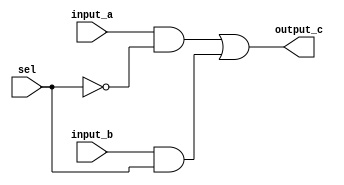
module MUX_S_2_1( input_a, input_b, output_c, sel);
    output wire output_c;
    
    input wire input_a;
    input wire input_b;
    input wire sel;

    not (invert_sel, sel);
    and (and_a, input_a, invert_sel);
    and (and_b, input_b, sel);

    or (output_c, and_a, and_b);
endmodule

module Shifter( result, leftRight, shamt, sftSrc  );
    
  output wire[31:0] result;

  input wire leftRight;
  input wire[4:0] shamt;
  input wire[31:0] sftSrc ;
  
  /*your code here*/ 
  reg [31:0] shift_right, shift_left;

  always @(sftSrc) begin
  	shift_left = sftSrc << shamt;
  	shift_right = sftSrc >> shamt;

  end
	
  MUX_S_2_1 Shift_0(shift_right[0], shift_left[0], result[0], leftRight);
  MUX_S_2_1 Shift_1(shift_right[1], shift_left[1], result[1], leftRight);
  MUX_S_2_1 Shift_2(shift_right[2], shift_left[2], result[2], leftRight);
  MUX_S_2_1 Shift_3(shift_right[3], shift_left[3], result[3], leftRight);
  MUX_S_2_1 Shift_4(shift_right[4], shift_left[4], result[4], leftRight);
  MUX_S_2_1 Shift_5(shift_right[5], shift_left[5], result[5], leftRight);
  MUX_S_2_1 Shift_6(shift_right[6], shift_left[6], result[6], leftRight);
  MUX_S_2_1 Shift_7(shift_right[7], shift_left[7], result[7], leftRight);	
  MUX_S_2_1 Shift_8(shift_right[8], shift_left[8], result[8], leftRight);
  MUX_S_2_1 Shift_9(shift_right[9], shift_left[9], result[9], leftRight);
  MUX_S_2_1 Shift_10(shift_right[10], shift_left[10], result[10], leftRight);
  MUX_S_2_1 Shift_11(shift_right[11], shift_left[11], result[11], leftRight);
  MUX_S_2_1 Shift_12(shift_right[12], shift_left[12], result[12], leftRight);
  MUX_S_2_1 Shift_13(shift_right[13], shift_left[13], result[13], leftRight);
  MUX_S_2_1 Shift_14(shift_right[14], shift_left[14], result[14], leftRight);
  MUX_S_2_1 Shift_15(shift_right[15], shift_left[15], result[15], leftRight);
  MUX_S_2_1 Shift_16(shift_right[16], shift_left[16], result[16], leftRight);
  MUX_S_2_1 Shift_17(shift_right[17], shift_left[17], result[17], leftRight);
  MUX_S_2_1 Shift_18(shift_right[18], shift_left[18], result[18], leftRight);
  MUX_S_2_1 Shift_19(shift_right[19], shift_left[19], result[19], leftRight);
  MUX_S_2_1 Shift_20(shift_right[20], shift_left[20], result[20], leftRight);
  MUX_S_2_1 Shift_21(shift_right[21], shift_left[21], result[21], leftRight);
  MUX_S_2_1 Shift_22(shift_right[22], shift_left[22], result[22], leftRight);
  MUX_S_2_1 Shift_23(shift_right[23], shift_left[23], result[23], leftRight);
  MUX_S_2_1 Shift_24(shift_right[24], shift_left[24], result[24], leftRight);
  MUX_S_2_1 Shift_25(shift_right[25], shift_left[25], result[25], leftRight);
  MUX_S_2_1 Shift_26(shift_right[26], shift_left[26], result[26], leftRight);
  MUX_S_2_1 Shift_27(shift_right[27], shift_left[27], result[27], leftRight);
  MUX_S_2_1 Shift_28(shift_right[28], shift_left[28], result[28], leftRight);
  MUX_S_2_1 Shift_29(shift_right[29], shift_left[29], result[29], leftRight);
  MUX_S_2_1 Shift_30(shift_right[30], shift_left[30], result[30], leftRight);
  MUX_S_2_1 Shift_31(shift_right[31], shift_left[31], result[31], leftRight);

endmodule